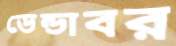
ডেন্ডাবর